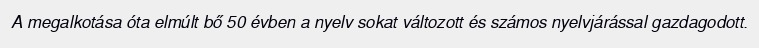
A megalkotása óta elmúlt bő 50 évben a nyelv sokat változott és számos nyelvjárással gazdagodott.